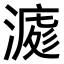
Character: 𣼀